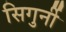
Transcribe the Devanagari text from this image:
सिगुर्नी